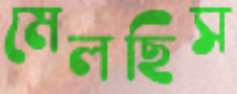
মেলছিস